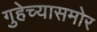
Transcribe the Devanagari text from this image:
गुहेच्यासमोर